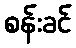
စန်းခင်